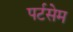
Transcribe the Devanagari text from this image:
पर्टसेम